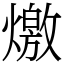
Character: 燩